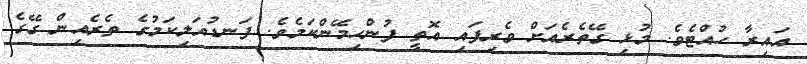
އައިރާ ހުއްޓެވެ. މުޅި ގޭތެރެއަށް ވެރިފައި އޮތީ ފުންހިމޭންކަމެވެ. ފަނޑުއަލިކަމުގެ ތެރެއިން ގޭގެ